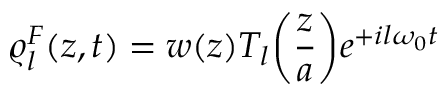
\varrho _ { l } ^ { F } ( z , t ) = w ( z ) T _ { l } \bigg ( \frac { z } { a } \bigg ) e ^ { + i l \omega _ { 0 } t }